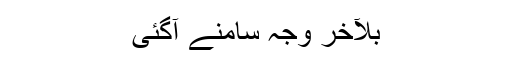
بلآخر وجہ سامنے آگئی